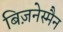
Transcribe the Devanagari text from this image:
बिज़नेस्मैन